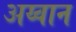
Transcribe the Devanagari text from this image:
अय्वान